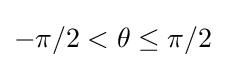
-\pi /2<\theta \leq \pi /2